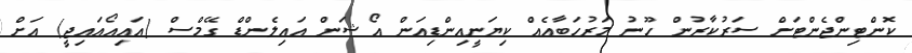
ކޮންޓިންޖެންޓަަށް ސަރުކާރުން ހޫނު މަރުހަބާއެއް ކިޔަނީއިންޑިއަން އޯޝަން އައިލެންޑް ގޭމްސް (އައިއޯއައިޖީ) އަށް